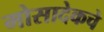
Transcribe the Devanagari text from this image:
मोसादेकचे